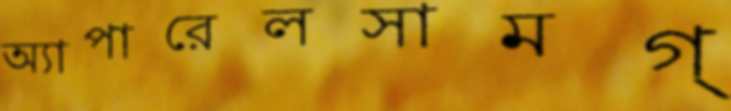
অ্যাপারেলসামগ্